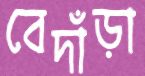
বেদাঁড়া